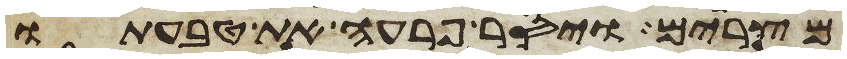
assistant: מצרים ויסר פרעה את טבעתו